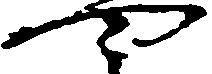
や